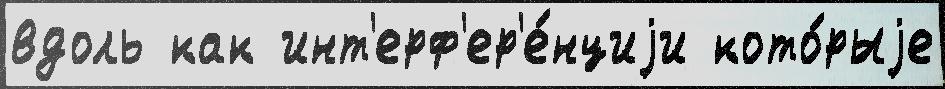
вдоль как инт'ерф'ер'е́нциjи кото́рыjе